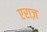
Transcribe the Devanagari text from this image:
एराज़